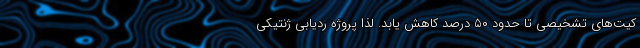
کیت‌های تشخیصی تا حدود ۵۰ درصد کاهش یابد. لذا پروژه ردیابی ژنتیکی